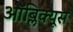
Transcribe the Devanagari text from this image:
ऑब्लिक्यूस